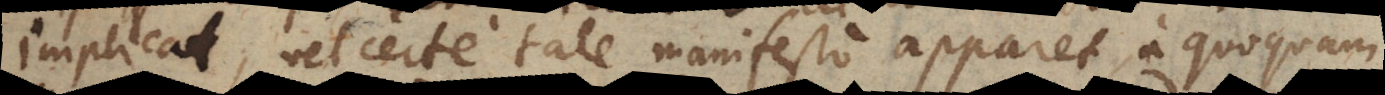
implicat, vel certe tale manifesto apparet, a quoquam